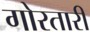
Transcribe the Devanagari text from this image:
गोरतारी